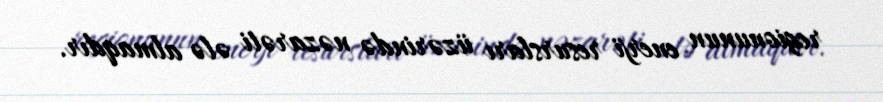
regionunun enerji resursları üzərində nəzarəti ələ almaqdır.